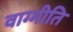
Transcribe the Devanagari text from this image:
वाग्मीति